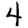
Digit: 4